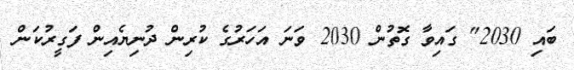
ބައި 2030" ގައިވާ ގޮތުން 2030 ވަނަ އަހަރުގެ ކުރިން ދުނިޔެއިން ފަގީރުކަން